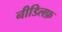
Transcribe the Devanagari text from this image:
नीडिलफ़